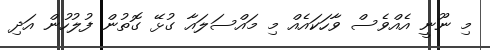
މި ނޫނީ އެއްވެސް ވާހަކައެއް މި މައްސަލައާ ގުޅޭ ގޮތުން ފުލުހުން އަދި